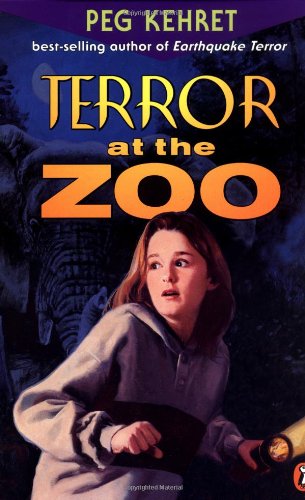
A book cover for Terror at the Zoo; Peg Kehret; Children's Books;